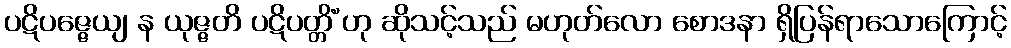
ပဋိပဇ္ဇေယျ န ယုဇ္ဇတိ ပဋိပတ္တိံ’ဟု ဆိုသင့်သည် မဟုတ်လော စောဒနာ ရှိပြန်ရာသောကြောင့်